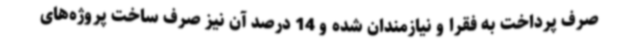
صرف پرداخت به فقرا و نیازمندان شده و 14 درصد آن نیز صرف ساخت پروژه‌های